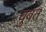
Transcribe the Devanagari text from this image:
चुवत